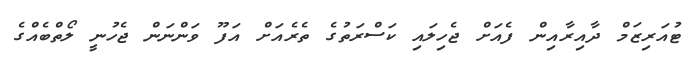
ޓުއަރިޒަމް ދާއިރާއިން ފެއަށް ޖެހިލައި ކަސްރަތުގެ ތެރެެއަށް އަފޫ ވަންނަން ޖެހުނީ ލޯތްބެއްގެ